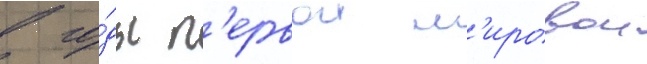
в го́ды п'ервои м'ировои